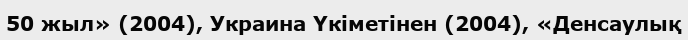
50 жыл» (2004), Украина Үкіметінен (2004), «Денсаулық